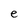
Character: e